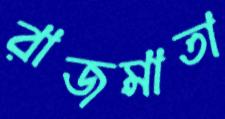
রাজমাতা